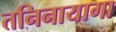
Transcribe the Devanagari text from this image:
तनिनायागा